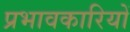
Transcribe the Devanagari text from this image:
प्रभावकारियों